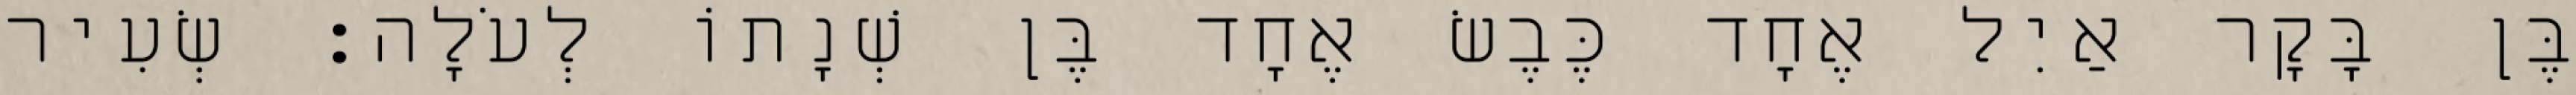
בֶּן בָּקָר אַיִל אֶחָד כֶּבֶשׂ אֶחָד בֶּן שְׁנָתוֹ לְעֹלָה׃ שְׂעִיר